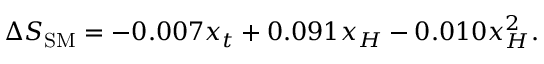
\Delta S _ { \mathrm { S M } } = - 0 . 0 0 7 x _ { t } + 0 . 0 9 1 x _ { H } - 0 . 0 1 0 x _ { H } ^ { 2 } . \nonumber